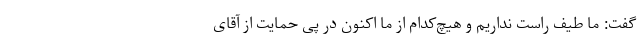
گفت: ما طیف راست نداریم و هیچ‌کدام از ما اکنون در پی حمایت از آقای